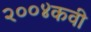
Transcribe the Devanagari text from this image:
२००४कवी